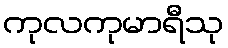
ကုလကုမာရီသု